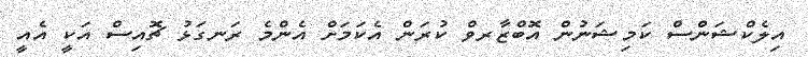
އިލެކްޝަންސް ކަމިޝަނުން އޮބްޒާރވް ކުރަން އެކަމަށް އެންމެ ރަނގަޅު ޗޮއިސް އަކީ އެއީ